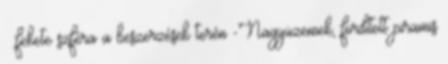
– fekete szféra a beszerzések terén -Nagyüzemek, fordított piramis